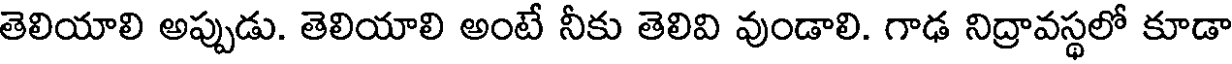
తెలియాలి అప్పుడు. తెలియాలి అంటే నీకు తెలివి వుండాలి. గాఢ నిద్రావస్థలో కూడా